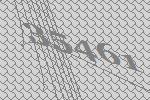
35461